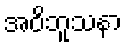
အဝိဘူသနာ